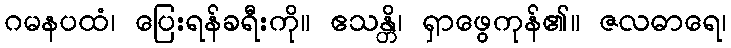
ဂမနပထံ၊ ပြေးရန်ခရီးကို။ ဧသန္တိ၊ ရှာဖွေကုန်၏။ ဇလဓာရေ၊